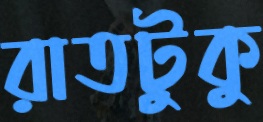
রাতটুকু